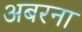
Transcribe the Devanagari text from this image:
अबरना